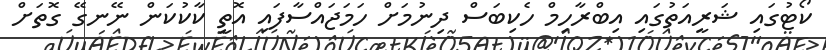
ކޯޓުގައި ޝަރީއަތުގައި އިބްރާހިމް ހެކިބަސް ދިނުމަށް ހަމަޖައްސާފައި އޮތީ ކާކުކަން ނޭނގޭ ގޮތަށް